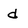
Character: d